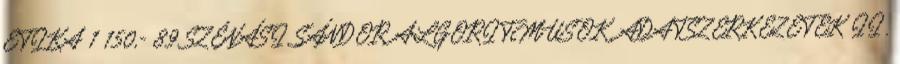
ETIKA 1 150,- 89 SZÉNÁSI SÁNDOR ALGORITMUSOK, ADATSZERKEZETEK II.